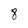
Character: 8